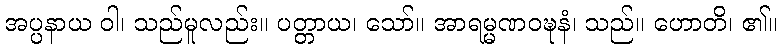
အပ္ပနာယ ဝါ၊ သည်မူလည်း။ ပတ္တာယ၊ သော်။ အာရမ္မဏဝဍ္ဎနံ၊ သည်။ ဟောတိ၊ ၏။